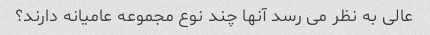
عالی به نظر می رسد آنها چند نوع مجموعه عامیانه دارند؟